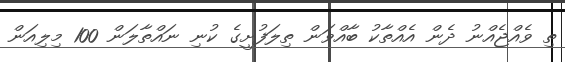
ތި ވެއްޖެއްނު ދެން އެއްތާކު ބާއްވަން ތިލަފުށީގެ ކުނި ނައްތާލަން 100 މިލިއަން